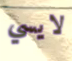
لايسي